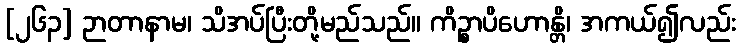
[၂၆၃] ဉာတာနာမ၊ သိအပ်ပြီးတို့မည်သည်။ ကိဉ္စာပိဟောန္တိ၊ အကယ်၍လည်း